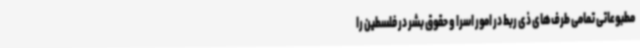
مطبوعاتی تمامی طرف‌های ذی ربط در امور اسرا و حقوق بشر در فلسطین را